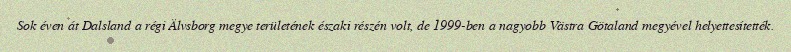
Sok éven át Dalsland a régi Älvsborg megye területének északi részén volt, de 1999-ben a nagyobb Västra Götaland megyével helyettesítették.